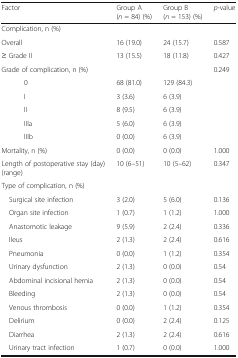
| Factor | Group A(n = 84) (%) | Group B(n = 153) (%) | p-value |
 | --- | --- | --- | --- |
 | <COLSPAN=4> Complication, n (%) |
 | Overall | 16 (19.0) | 24 (15.7) | 0.587 |
 | ≥ Grade II | 13 (15.5) | 18 (11.8) | 0.427 |
 | Grade of complication, n (%) |  |  | 0.249 |
 | 0 | 68 (81.0) | 129 (84.3) |  |
 | I | 3 (3.6) | 6 (3.9) |  |
 | II | 8 (9.5) | 6 (3.9) |  |
 | IIIa | 5 (6.0) | 6 (3.9) |  |
 | IIIb | 0 (0.0) | 6 (3.9) |  |
 | Mortality, n (%) | 0 (0.0) | 0 (0.0) | 1.000 |
 | Length of postoperative stay (day) (range) | 10 (6–51) | 10 (5–62) | 0.347 |
 | <COLSPAN=4> Type of complication, n (%) |
 | Surgical site infection | 3 (2.0) | 5 (6.0) | 0.136 |
 | Organ site infection | 1 (0.7) | 1 (1.2) | 1.000 |
 | Anastomotic leakage | 9 (5.9) | 2 (2.4) | 0.336 |
 | Ileus | 2 (1.3) | 2 (2.4) | 0.616 |
 | Pneumonia | 0 (0.0) | 1 (1.2) | 0.354 |
 | Urinary dysfunction | 2 (1.3) | 0 (0.0) | 0.54 |
 | Abdominal incisional hernia | 2 (1.3) | 0 (0.0) | 0.54 |
 | Bleeding | 2 (1.3) | 0 (0.0) | 0.54 |
 | Venous thrombosis | 0 (0.0) | 1 (1.2) | 0.354 |
 | Delirium | 0 (0.0) | 2 (2.4) | 0.125 |
 | Diarrhea | 2 (1.3) | 2 (2.4) | 0.616 |
 | Urinary tract infection | 1 (0.7) | 0 (0.0) | 1.000 |